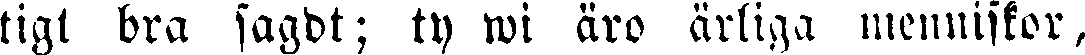
tigt bra sagdt; ty wi äro ärliga menniskor,